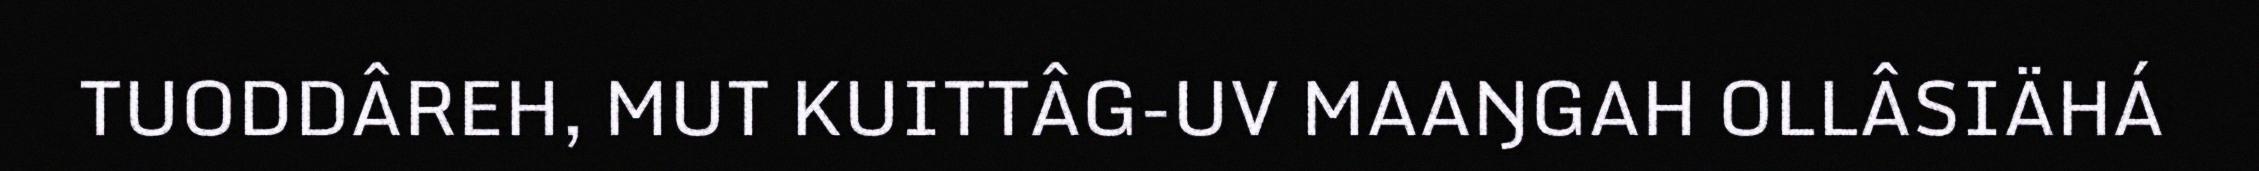
TUODDÂREH, MUT KUITTÂG-UV MAAŊGAH OLLÂSIÄHÁ